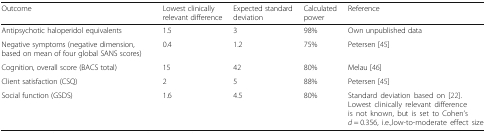
<table><thead><tr><td><b>Outcome</b></td><td><b>Lowest clinically relevant difference</b></td><td><b>Expected standard deviation</b></td><td><b>Calculated power</b></td><td><b>Reference</b></td></tr></thead><tbody><tr><td>Antipsychotic haloperidol equivalents</td><td>1.5</td><td>3</td><td>98%</td><td>Own unpublished data</td></tr><tr><td>Negative symptoms (negative dimension, based on mean of four global SANS scores)</td><td>0.4</td><td>1.2</td><td>75%</td><td>Petersen [45]</td></tr><tr><td>Cognition, overall score (BACS total)</td><td>15</td><td>42</td><td>80%</td><td>Melau [46]</td></tr><tr><td>Client satisfaction (CSQ)</td><td>2</td><td>5</td><td>88%</td><td>Petersen [45]</td></tr><tr><td>Social function (GSDS)</td><td>1.6</td><td>4.5</td><td>80%</td><td>Standard deviation based on [22]. Lowest clinically relevant difference is not known, but is set to Cohen’s <i>d</i> = 0.356, i.e.,low-to-moderate effect size</td></tr></tbody></table>